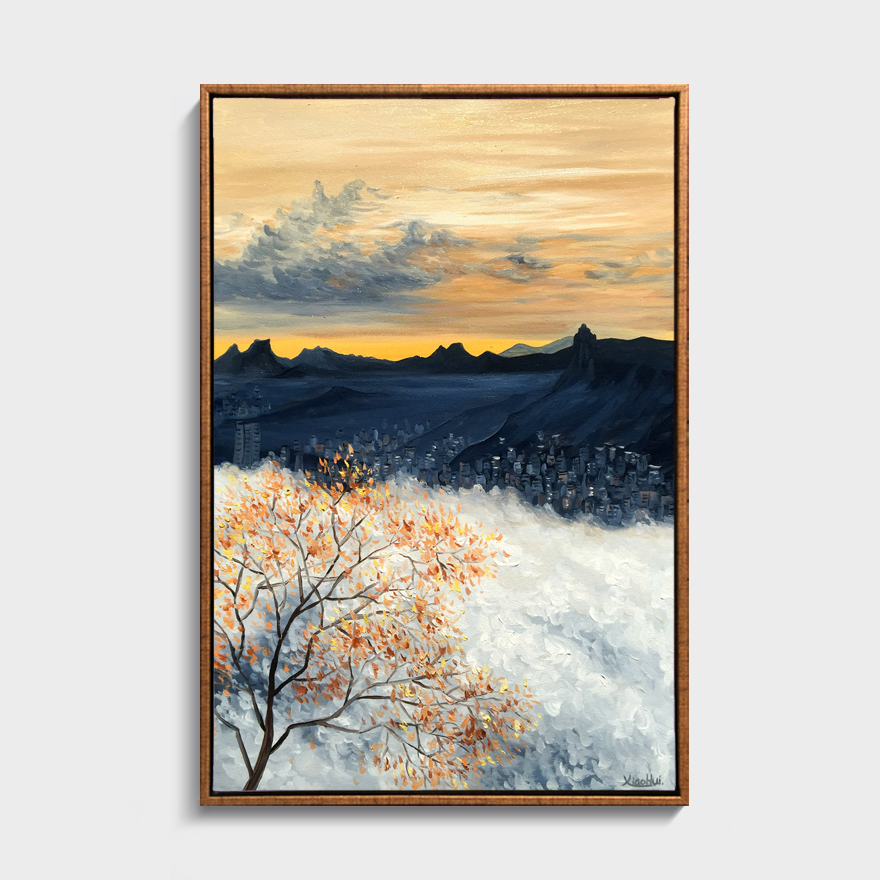
玉皇开碧落，银界失黄昏。